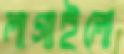
লাগাইলো